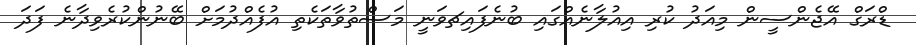
ޑްރަގް އޭޖެންސީން މިއަދު ކުރި އިއުލާނެއްގައި ބުނެފައިޗވަނީ މަސްތުވާތަކެތި އުފެއްދުމަށް ބޭނުންކުރެވިދާނެ ފަދަ